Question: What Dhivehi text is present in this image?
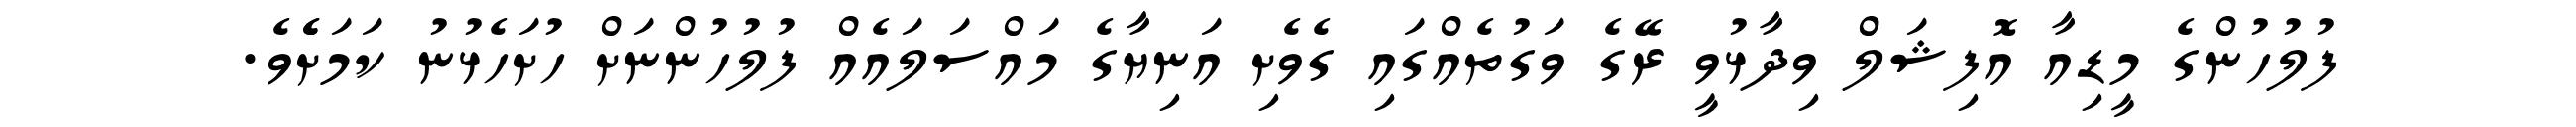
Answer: ފުލުހުންގެ މީޑިއާ އޮފިޝަލް ވިދާޅުވީ ރޭގެ ވަގުތެއްގައި ގެވެށި އަނިޔާގެ މައްސަލައެއް ފުލުހުންނަށް ހުށަހެޅުނު ކަމަށެެވެ.